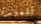
تلميذة